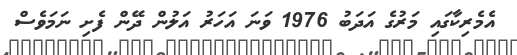
އެމެރިކާގައި މަރުގެ އަދަބު 1976 ވަނަ އަހަރު އަލުން ދޭން ފެށި ނަމަވެސް